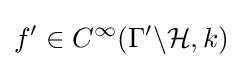
f'\in C^{\infty }(\Gamma '\backslash {\mathcal {H}},k)